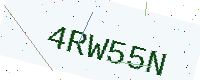
Text: 4RW55N